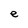
Character: e